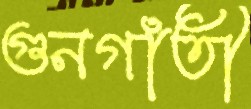
গুনগাঁতী